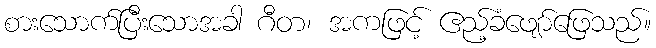
စားသောက်ပြီးသောအခါ ဂီတ၊ အကဖြင့် ဧည့်ခံဖျော်ဖြေသည်။